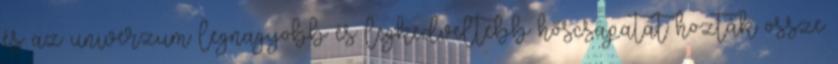
és az univerzum legnagyobb és legkedveltebb hőscsapatát hozták össze